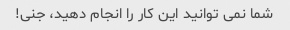
شما نمی توانید این کار را انجام دهید، جنی!